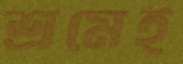
শ্রমেই